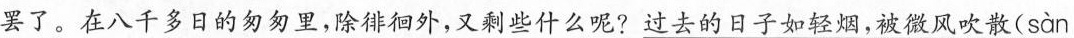
罢了。在八千多日的匆匆里，除徘徊外，又剩些什么呢?过去的日子如轻烟，被微风吹散( sàn